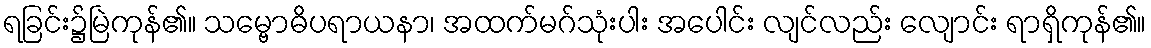
ရခြင်း၌မြဲကုန်၏။ သမ္ဗောဓိပရာယနာ၊ အထက်မဂ်သုံးပါး အပေါင်း လျင်လည်း လျောင်း ရာရှိကုန်၏။